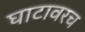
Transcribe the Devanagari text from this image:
घाटावरच